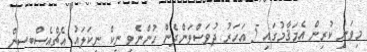
މިވަނީ ކުރިން އެމަޤާމުގައި 5 އަހަރު ދުވަސްވަންދެން ހުންނެވި ނިކް ނިކަލައު އެޗްއެސްބީސީން